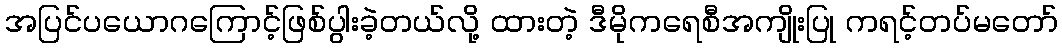
အပြင်ပယောဂကြောင့်ဖြစ်ပွါးခဲ့တယ်လို့ ထားတဲ့ ဒီမိုကရေစီအကျိုးပြု ကရင့်တပ်မတော်